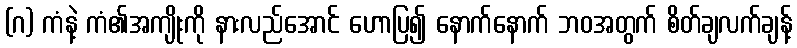
(ဂ) ကံနဲ့ ကံ၏အကျိုးကို နားလည်အောင် ဟောပြ၍ နောက်နောက် ဘဝအတွက် စိတ်ချလက်ချန့်